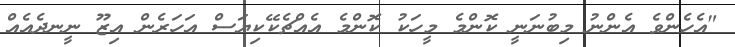
"އެހެންވެ އެންނު މިބުނަނީ ކޮންމެ މީހަކު ކޮންމެ އެއްޗެކޭކިޔަސް އަހަރެން އިޒޫ ނީނދެއެއް